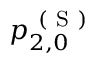
p _ { 2 , 0 } ^ { \mathrm { ~ ( ~ S ~ ) ~ } }